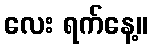
လေး ရက်နေ့။